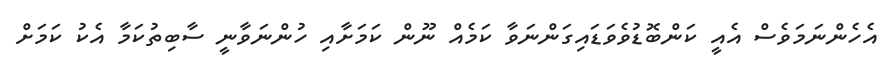
އެހެންނަމަވެސް އެއީ ކަންބޮޑުވެވަޑައިގަންނަވާ ކަމެއް ނޫން ކަމަށާއި ހުންނަވާނީ ސާބިތުކަމާ އެކު ކަމަށް